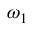
\omega _ { 1 }